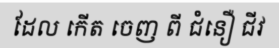
ដែល កើត ចេញ ពី ជំនឿ ជីវ